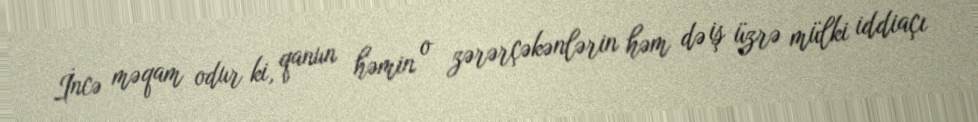
İncə məqam odur ki, qanun həmin o zərərçəkənlərin həm də iş üzrə mülki iddiaçı